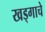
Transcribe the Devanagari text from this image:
खड्गाचे